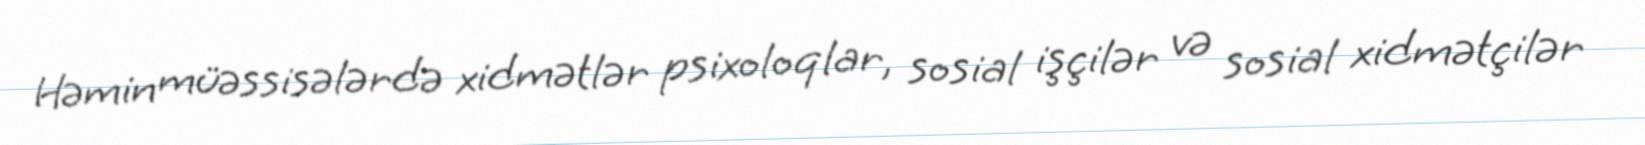
Həmin müəssisələrdə xidmətlər psixoloqlar, sosial işçilər və sosial xidmətçilər